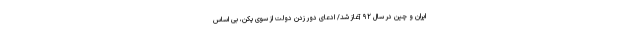
ایران و چین در سال ۹۲ آغاز شد/ ادعای دور زدن دولت از سوی پکن، بی اساس